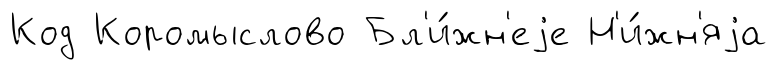
Код Коромыслово Бл'и́жн'еjе Н'и́жн'яjа